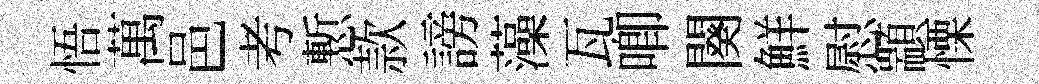
悟萬邑考慙款謗藻瓦唧闋鮮慰顓慄